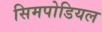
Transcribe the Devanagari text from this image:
सिमपोडियल